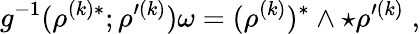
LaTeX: g^{-1}(\rho^{(k)*};\rho^{\prime(k)})\omega=(\rho^{(k)})^{*}\wedge\star\rho^{\prime(k)}\; ,